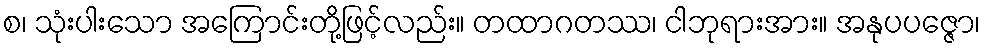
စ၊ သုံးပါးသော အကြောင်းတို့ဖြင့်လည်း။ တထာဂတဿ၊ ငါဘုရားအား။ အနုပပဇ္ဇော၊